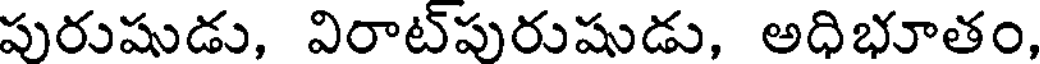
పురుషుడు, విరాట్పురుషుడు, అధిభూతం,